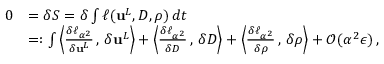
\begin{array} { r l } { 0 } & { = \delta S = \delta \int \ell ( { \mathbf { u } } ^ { L } , { D } , \rho ) \, d t } \\ & { = : \int \left< \frac { \delta \ell _ { \alpha ^ { 2 } } } { \delta { \mathbf { u } } ^ { L } } \, , \, \delta { \mathbf { u } } ^ { L } \right> + \left< \frac { \delta \ell _ { \alpha ^ { 2 } } } { \delta { D } } \, , \, \delta { D } \right> + \left< \frac { \delta \ell _ { \alpha ^ { 2 } } } { \delta \rho } \, , \, \delta \rho \right> + \mathcal { O } ( \alpha ^ { 2 } \epsilon ) \, , } \end{array}